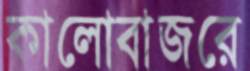
কালোবাজরে